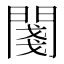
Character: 𨵊